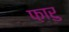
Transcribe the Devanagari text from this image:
फ़ारु